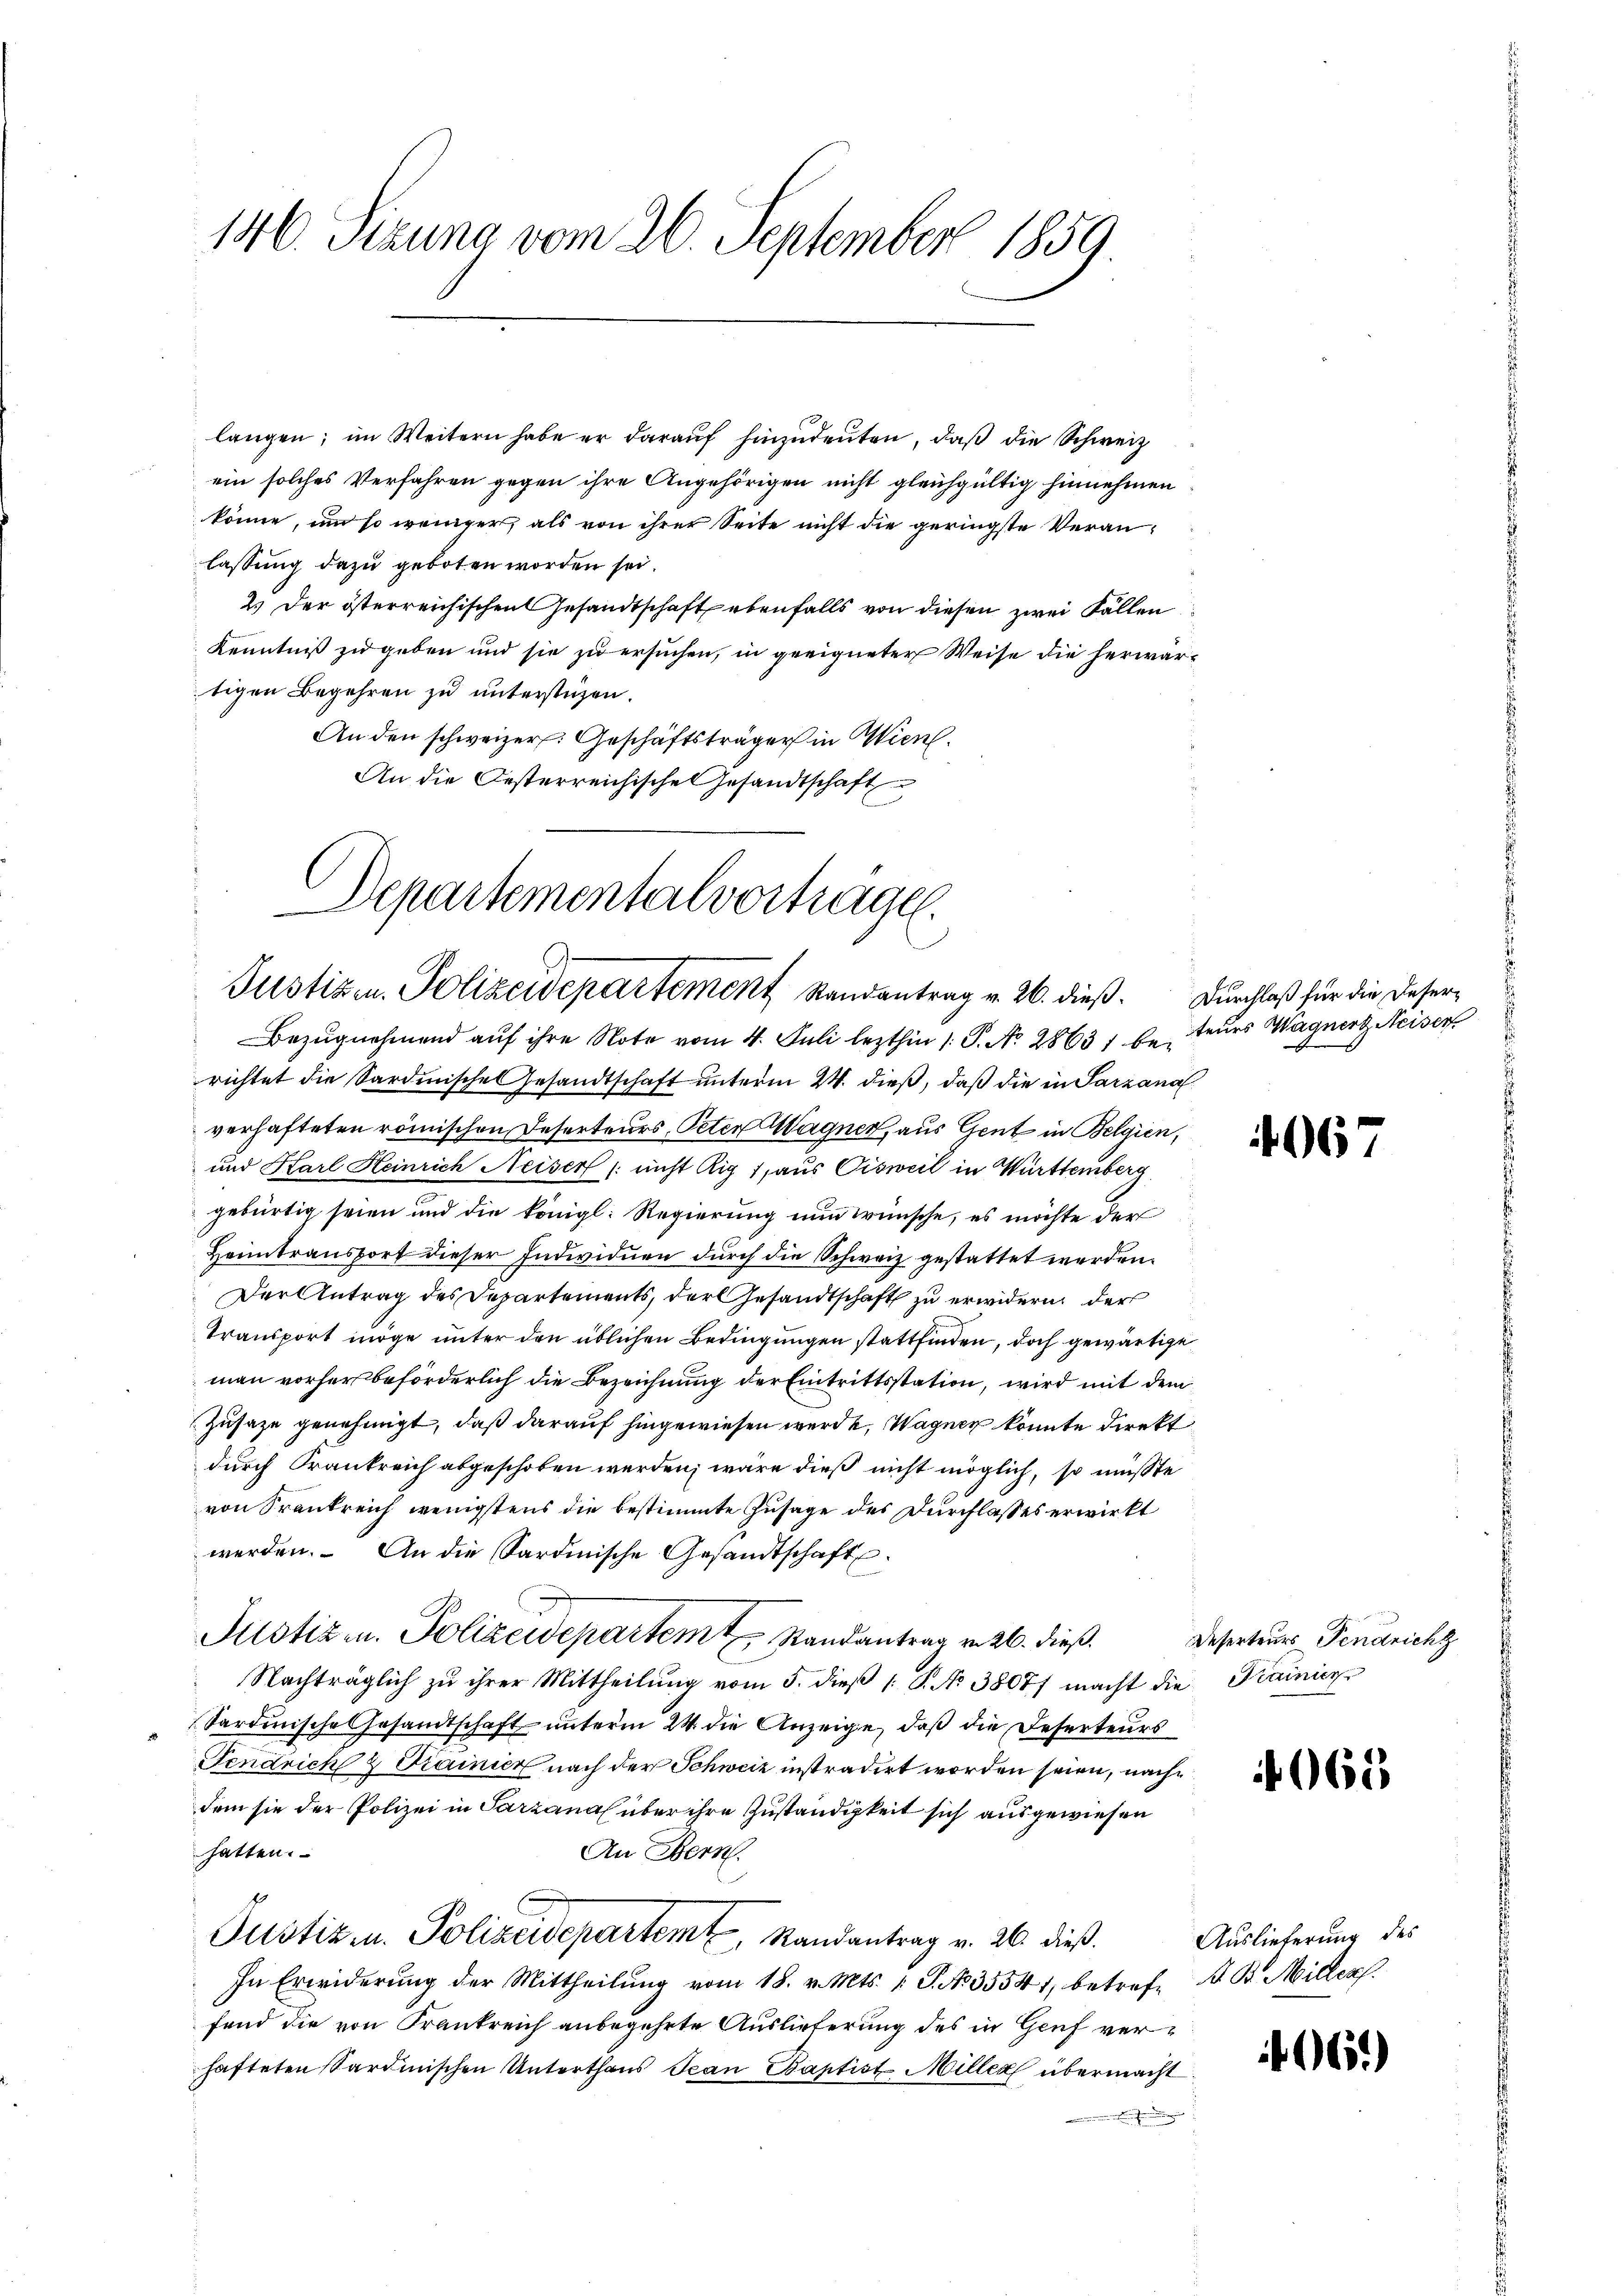
146. Sizung vom 26. September 1859.

langen; im Weitern habe er darauf hinzudeuten, daß die Schweiz
ein solches Verfahren gegen ihre Angehörigen nicht gleichgültig hinnehmen
könne, um so weniger, als von ihrer Seite nicht die geringste Veranlassung dazu geboten worden sei.
2.) Der österreichischen Gesandtschaft ebenfalls von diesen zwei Fällen
Kenntniß zu geben und sie zu ersuchen, in geeigneter Weise die herwartigen Begehren zu unterstüzen.
An den schweizer. Geschäftsträger in Wien.
An die Gesterreichische Gesandtschaft
Bezugnahmend auf ihre Note vom 4. Juli lezthin 1. P. No. 28631 be, teurs Wagnert Neiser
richtet die Sardische Gesandtschaft unterm 24. dieß, daß die in Parzana
verhafteten römischen Deserteurs, Peter Wagner, aus Gent in Belgien,
und Karl Heinrich Neiser (nicht Rig 1, aus Cisweil in Württemberg
gebürtig seien und die königl. Regierung nun wünsche, es möchte der
Heimtransport dieser Individuen durch die Schweiz gestattet werden.
Der Antrag des Departements, der Gesandtschaft zu erwidern der
Transport möge unter den üblichen Bedingungen stattfinden, doch gewärtige
man vorher beförderlich die Bezeichnung der Eintrittsstation, wird mit dem
Zusaze genehmigt, daß darauf hingewiesen werde, Wagner könnte Direkt
durch Frankreich abgeschoben werden, wäre dieß nicht möglich, so müßte
von Krankreich wenigstens die bestimmte Zusage des Durchlasses erwirkt
werden. An die Sardinische Gesandtschaft
Justiz u. Polizeidepartem Randantrag v. 26. dieß.
Nachträglich zŭ ihrer Mittheilŭng vom 5. dieβ (: P. No 3807/ macht die Krainien
Sardinische Gesandtschaft unterm 24. die Anzeige, daß die Deserteurs
Fendrich 2 Drainier nach der Schweiz instradirt worden seien, nachdem sie der Polizei in Parzanal über ihre Zuständigkeit sich ausgewiesen
hatten.
An Bern.
Justiz u. Polizeidepartem Randantrag v. 26. dieß.
In Erwiderung der Mittheilŭng vom 18. v. Mts. 1 S. No 35541, betref d. B. Miller.
fend die von Frankreich anbegehrte Auslieferung des in Genf verhafteten Sardinischen Unterthans Jean Baptist Miller übermacht.

Departementalvortragen.
Justizen. Polizeidepartement Randantrag v. 26. dieß. Durchlaß für die Deser¬

4067

Deserteurs Pendrich

4065

Auslieferung des

965)